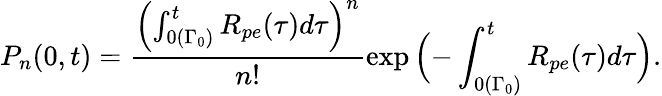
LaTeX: P_{n}(0,t)=\frac{\Bigl(\int_{0(\Gamma_{0})}^{t}R_{pe}(\tau)d\tau\Bigr)^{n}}{n!}\exp{\Bigl(-\int_{0(\Gamma_{0})}^{t}R_{pe}(\tau)d\tau\Bigr)}.